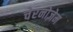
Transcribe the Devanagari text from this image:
चेरनोज़ेम